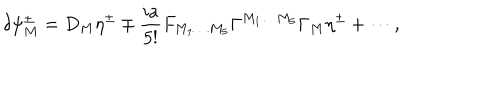
\delta \psi _ { M } ^ { \pm } = D _ { M } \eta ^ { \pm } \mp \frac { i a } { 5 ! } F _ { M _ { 1 } \ldots M _ { 5 } } \Gamma ^ { M _ { 1 } \ldots M _ { 5 } } \Gamma _ { M } \eta ^ { \pm } + \cdots ,